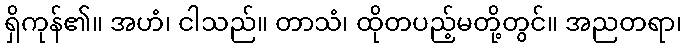
ရှိကုန်၏။ အဟံ၊ ငါသည်။ တာသံ၊ ထိုတပည့်မတို့တွင်။ အညတရာ၊